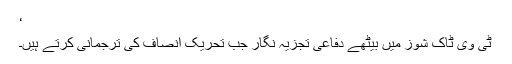
‘
ٹی وی ٹاک شوز میں بیٹھے دفاعی تجزیہ نگار جب تحریک انصاف کی ترجمانی کرتے ہیں۔